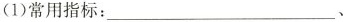
(1)常用指标：___、